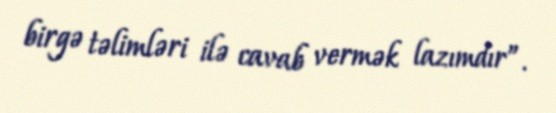
birgə təlimləri ilə cavab vermək lazımdır”.